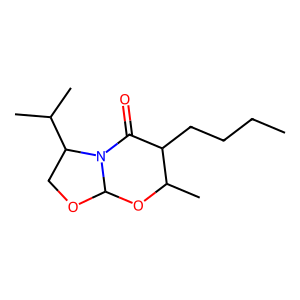
SMILES: CCCCC1C(=O)N2C(OCC2C(C)C)OC1C
Inhibits HIV replication: No